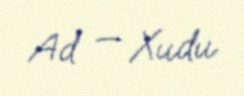
Ad — Xudu